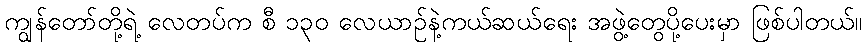
ကျွန်တော်တို့ရဲ့ လေတပ်က စီ ၁၃၀ လေယာဉ်နဲ့ကယ်ဆယ်ရေး အဖွဲ့တွေပို့ပေးမှာ ဖြစ်ပါတယ်။